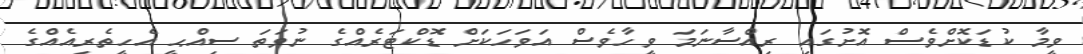
ވީމާ ކުޑަކޮށްވެސް އޮށުގައި ރިއްސާނަމަ ވީހާވެސް އަވަހަކަށް ޑޮކްޓަރެއްގެ ނުވަތަ ސިއްޙީ އެހީތެރިއެއްގެ